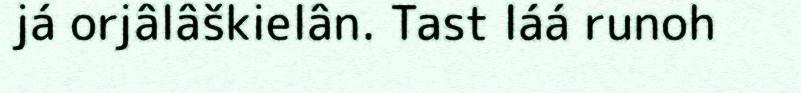
já orjâlâškielân. Tast láá runoh